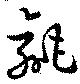
毹